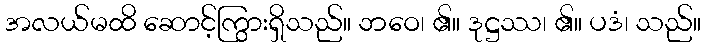
အလယ်မထိ ဆောင့်ကြွားရှိသည်။ ဘဝေ၊ ၏။ ဒုဋ္ဌဿ၊ ၏။ ပဒံ၊ သည်။